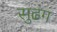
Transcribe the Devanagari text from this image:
सुढंग